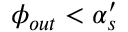
\phi _ { o u t } < \alpha _ { s } ^ { \prime }